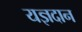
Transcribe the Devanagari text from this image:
यज्ञदान